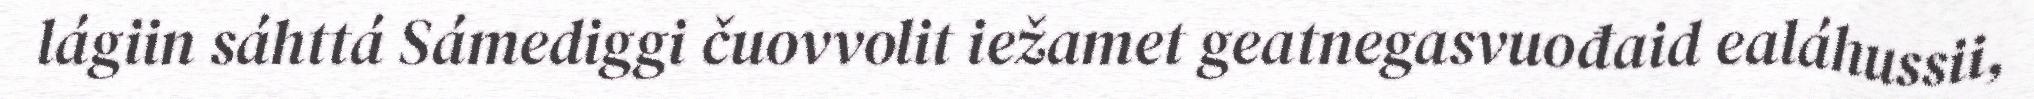
lágiin sáhttá Sámediggi čuovvolit iežamet geatnegasvuođaid ealáhussii,